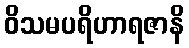
ဝိသမပရိဟာရဇာနိ